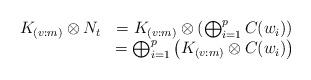
LaTeX: \begin{align*}\begin{array}{ccl}K_{(v:m)}\otimes N_t&=K_{(v:m)}\otimes \left(\bigoplus_{i=1}^p C(w_i)\right)\\&=\bigoplus_{i=1}^p \left(K_{(v:m)}\otimes C(w_i)\right)\\\end{array}\end{align*}